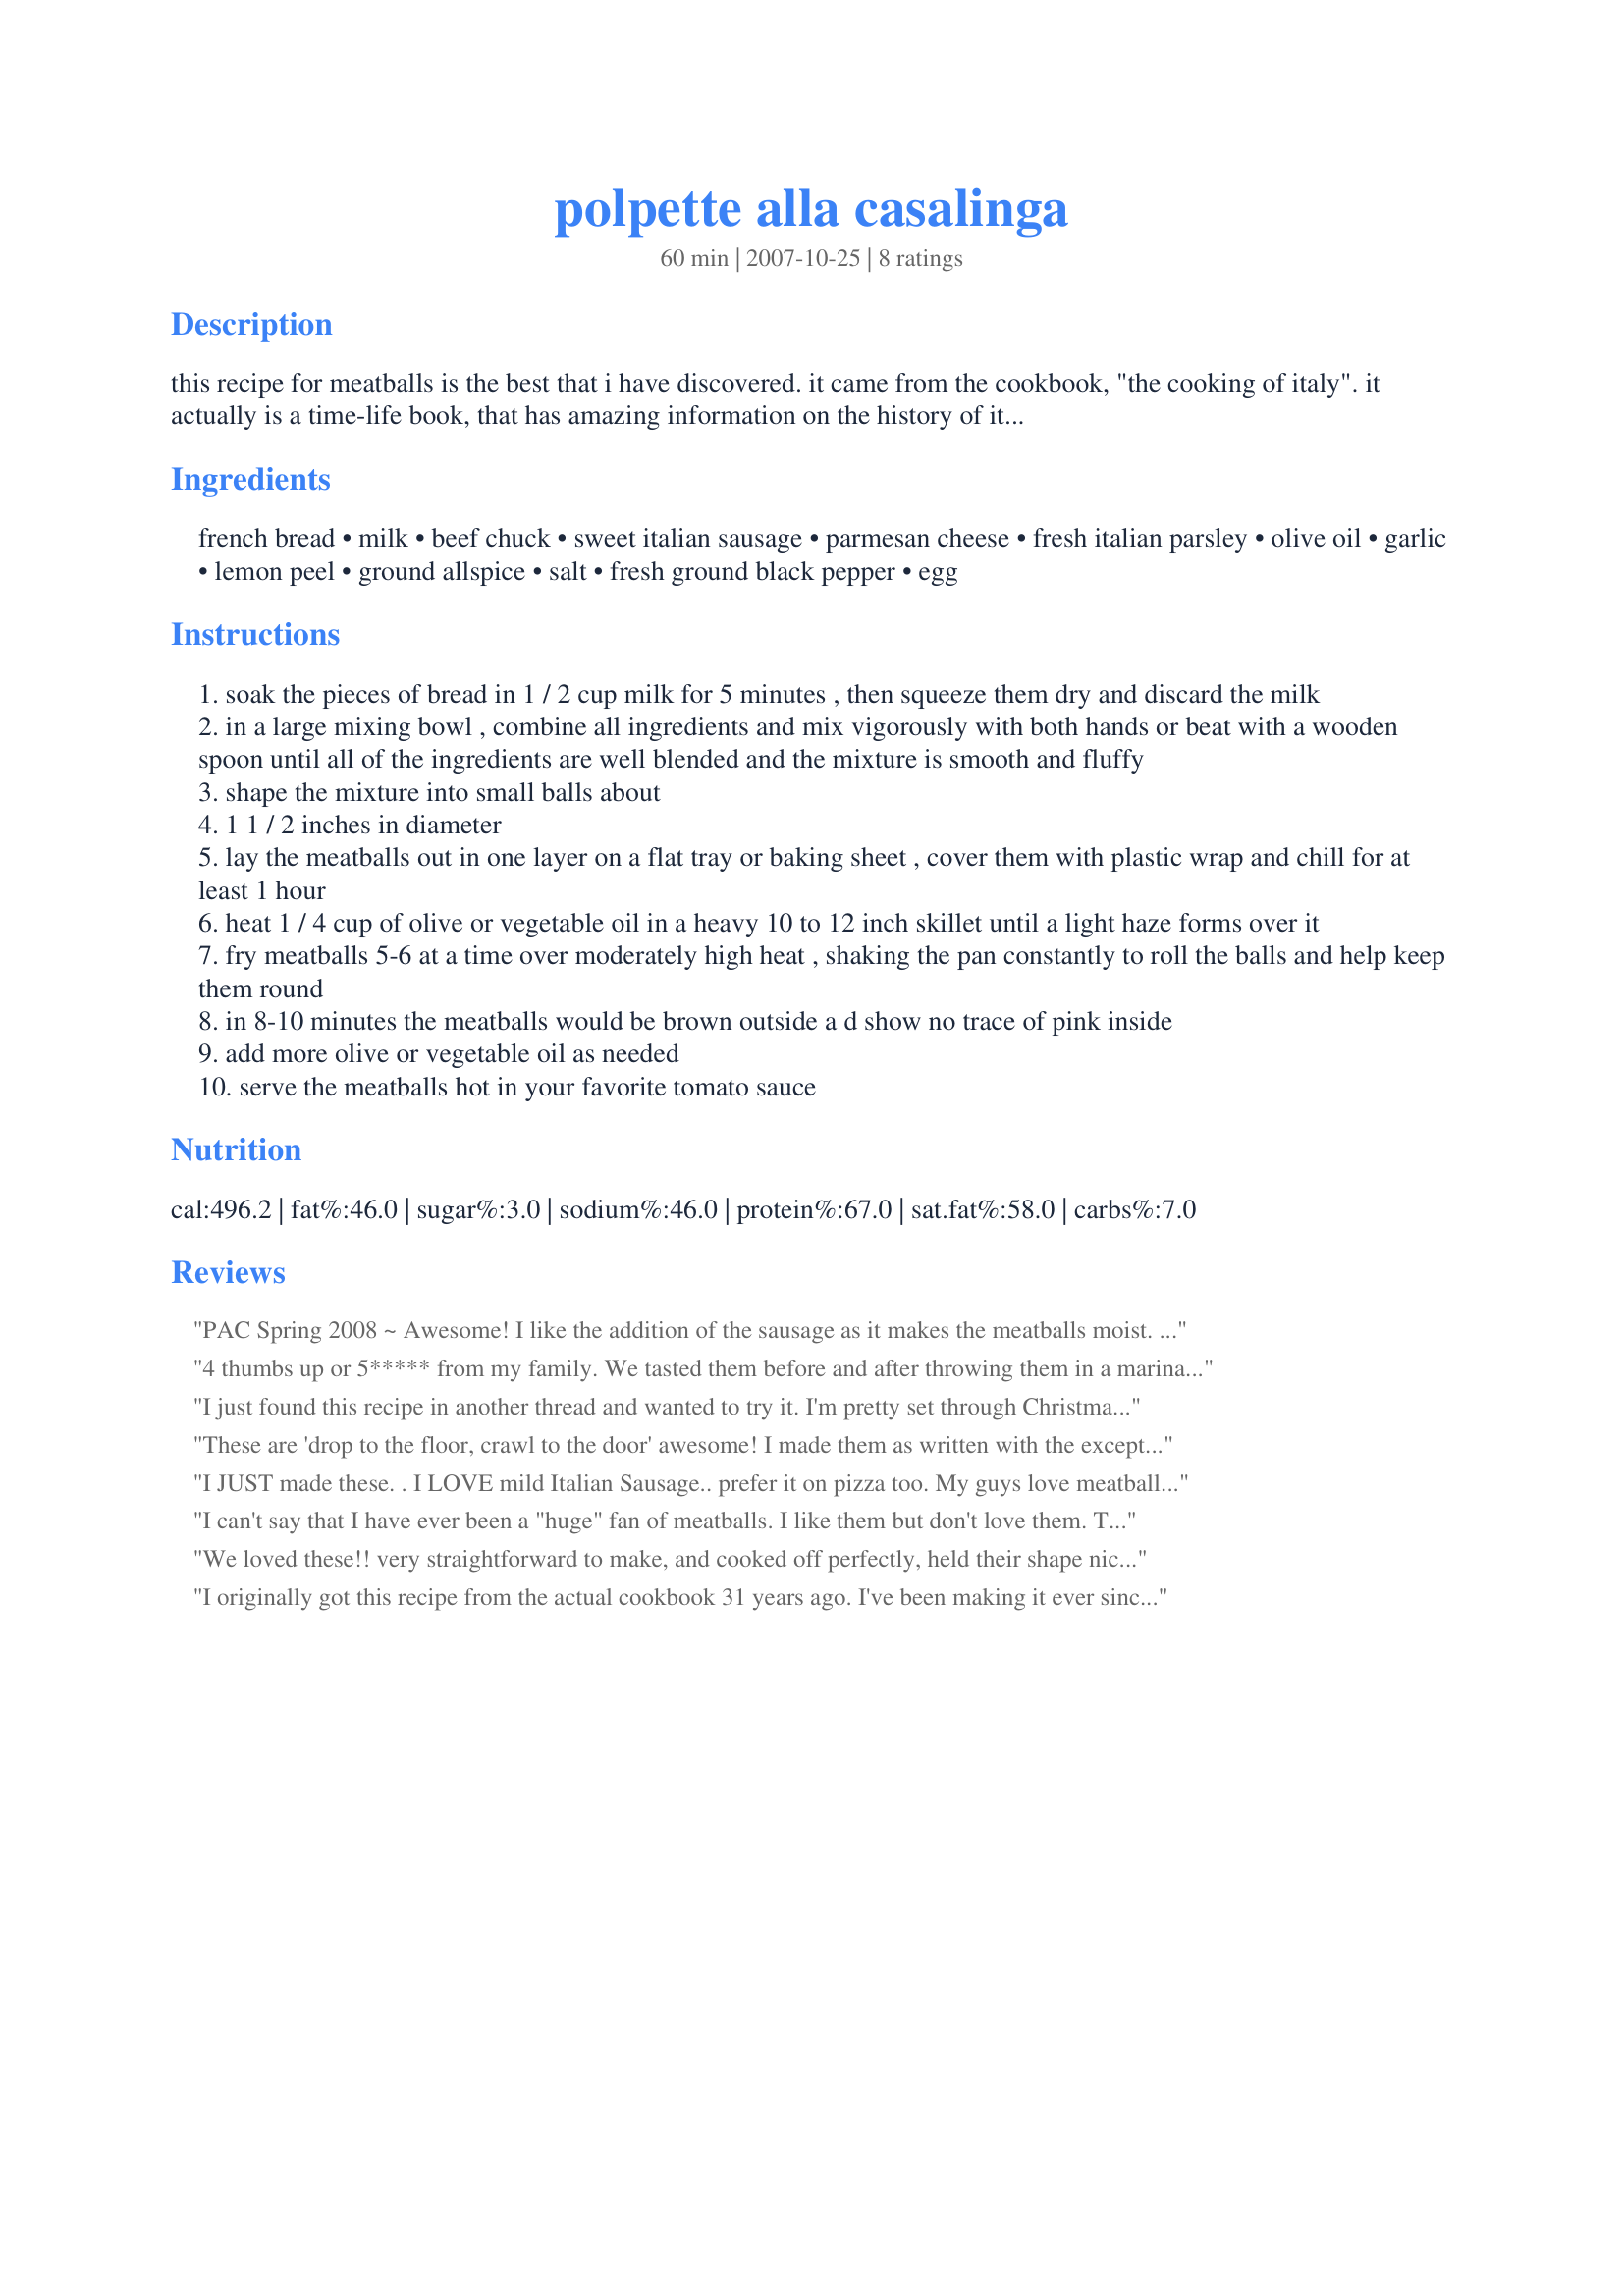
polpette alla casalinga
Preparation time: 60 minutes

this recipe for meatballs is the best that i have discovered. it came from the cookbook, "the cooking of italy". it actually is a time-life book, that has amazing information on the history of italian cooking along with the regional applications. my ex mother in-law, who was born and raised in italy says it's pretty accurate. she was and still is an amazing cook and baker at the age of 88. i still call her for help on recipes. whoever tries this recipe, i hope you enjoy these meatballs as much as my family does.

Ingredients:
french bread, milk, beef chuck, sweet italian sausage, parmesan cheese, fresh italian parsley, olive oil, garlic, lemon peel, ground allspice, salt, fresh ground black pepper, egg

Steps:
soak the pieces of bread in 1 / 2 cup milk for 5 minutes , then squeeze them dry and discard the milk
in a large mixing bowl , combine all ingredients and mix vigorously with both hands or beat with a wooden spoon until all of the ingredients are well blended and the mixture is smooth and fluffy
shape the mixture into small balls about
1 1 / 2 inches in diameter
lay the meatballs out in one layer on a flat tray or baking sheet , cover them with plastic wrap and chill for at least 1 hour
heat 1 / 4 cup of olive or vegetable oil in a heavy 10 to 12 inch skillet until a light haze forms over it
fry meatballs 5-6 at a time over moderately high heat , shaking the pan constantly to roll the balls and help keep them round
in 8-10 minutes the meatballs would be brown outside a d show no trace of pink inside
add more olive or vegetable oil as needed
serve the meatballs hot in your favorite tomato sauce

Reviews:
PAC Spring 2008 ~ Awesome! I like the addition of the sausage as it makes the meatballs moist. The allspice gives a slight hint of flavor. I used a couple of leftover dinner rolls I had made the other night in lieu of the French bread. Popped these into a big pot of sauce to have with pasta for tonight.
4 thumbs up or 5***** from my family. We tasted them before and after throwing them in a marinara sauce, YUM. My husband proclaimed them, 'just like Mama Maria's" (our local fave pizza joint). So the good news is, 5****, the bad news is, I may not get to order them from Mama's any longer. Poor me. I followed the recipe to a 't', the only difference is I used spicy. Italian sausage and it rocked! It made 36 "balls of meat". P.S. I baked @400Â° for 21 minutes instead of frying.
I just found this recipe in another thread and wanted to try it. I'm pretty set through Christmas, but I thought I would make them and freeze them. I plan to finish them up for dinner next week. I did taste one ... don't laugh for breakfast this am. I was up way too early and thx to Walmart for being open I decided to cook. They came out perfect, excellent flavor, just a bit different and they will be wonderful for dinner. I can't wait. I did use 1/2 spicy and 1/2 mild sausage by the way. It was just what I had. EXCELLENT. Thx for a great recipe.
These are 'drop to the floor, crawl to the door' awesome! I made them as written with the exception of baking them at 350 for 20 - 25 minutes. These are now my 'go to' meatballs. Thanks for sharing such a delicious recipe!
I JUST made these. . I LOVE mild Italian Sausage.. prefer it on pizza too. My guys love meatballs: i don't.<br/><br/>This recipe combined the best of both worlds in my opinion! I get my sausage, they get their meatballs. Nice shape, so I don't have to go digging for pieces of sausage in my pasta! The taste was perfect and, I will now make these instead of the hassle of making both each time!<br/><br/>Nana, thank you! it's awesome!!!!
I can't say that I have ever been a "huge" fan of meatballs. I like them but don't love them. These I love! Super easy to put together-they do stay very moist yet hold together well without being in any way tough. Fantastic flavor! For the sausage I used Hot Italian & ended up baking them rather than frying. (just cleaned the kitchen and stove top) 350 degrees for 30 minutes, then I turned off the oven and left them in for another 10 minutes. I got 45 meatballs that will be gobbled up in no time! Thanks for posting, Di ;-)
We loved these!! very straightforward to make, and cooked off perfectly, held their shape nicely but remained moist and flavoursome. I served them with my own tomato sauce and linguini, DD1 chose to have just the meatballs and if I had made twice as many she would have eaten them all, these have just become our favourite meatballs!

Made for PAC Spring 2008
I originally got this recipe from the actual cookbook 31 years ago. I've been making it ever since. My extra large family and I love it! I triple the recipe.
